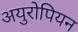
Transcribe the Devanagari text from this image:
अयुरोपियन